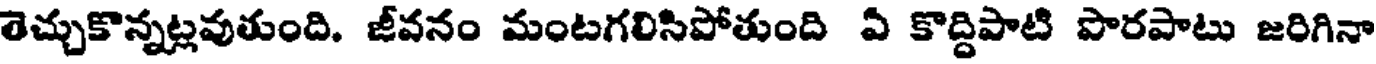
తెచ్చుకొన్నట్లవుతుంది. జీవనం మంటగలిసిపోతుంది ఏ కొద్దిపాటి పొరపాటు జరిగినా